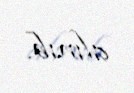
alınıb.